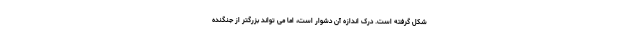
شکل گرفته است. درک اندازه آن دشوار است، اما می تواند بزرگتر از جنگنده